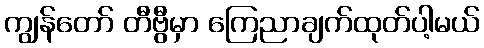
ကျွန်တော် တီဗွီမှာ ကြေညာချက်ထုတ်ပါ့မယ်